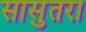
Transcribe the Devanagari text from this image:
सासुतरा